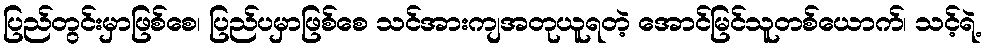
ပြည်တွင်းမှာဖြစ်စေ၊ ပြည်ပမှာဖြစ်စေ သင်အားကျအတုယူရတဲ့ အောင်မြင်သူတစ်ယောက်၊ သင့်ရဲ့